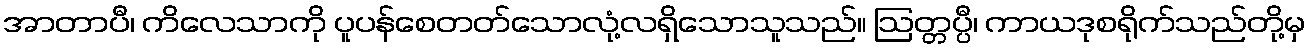
အာတာပီ၊ ကိလေသာကို ပူပန်စေတတ်သောလုံ့လရှိသောသူသည်။ ဩတ္တပ္ပီ၊ ကာယဒုစရိုက်သည်တို့မှ